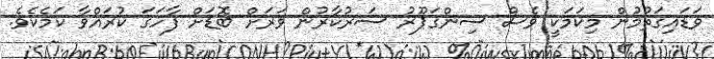
ވަޑައިގަތުމުން މިކަމަކީ ވެސް ސިންގަޕޫރު ސަރުކާރުން ވަރަށް ބޮޑަށް ފާހަގަ ކުރައްވާ ކަމެކެވެ.